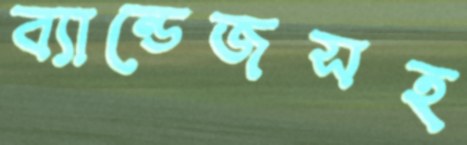
ব্যান্ডেজসহ